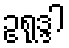
ဥရုဒ္ဒါ